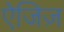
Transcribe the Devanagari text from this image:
ऐजिज़